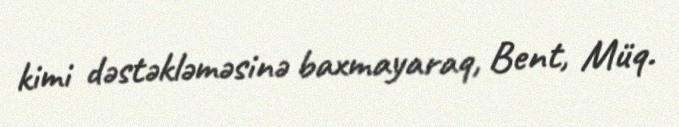
kimi dəstəkləməsinə baxmayaraq, Bent, Müq.